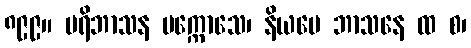
၈၉၉။ ပရိဘာသန မက္ကောသေ၊ နိယမေ ဘာသနေ ထ စ၊